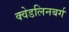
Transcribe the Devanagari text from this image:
क्वेडलिनबर्ग